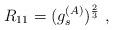
LaTeX: \begin{align*}R_{11} = (g^{(A)}_s)^{2\over3}\ ,\end{align*}